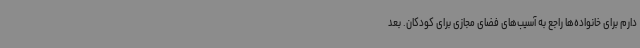
دارم برای خانواده‌ها راجع به آسیب‌های فضای مجازی برای کودکان. بعد